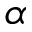
\alpha